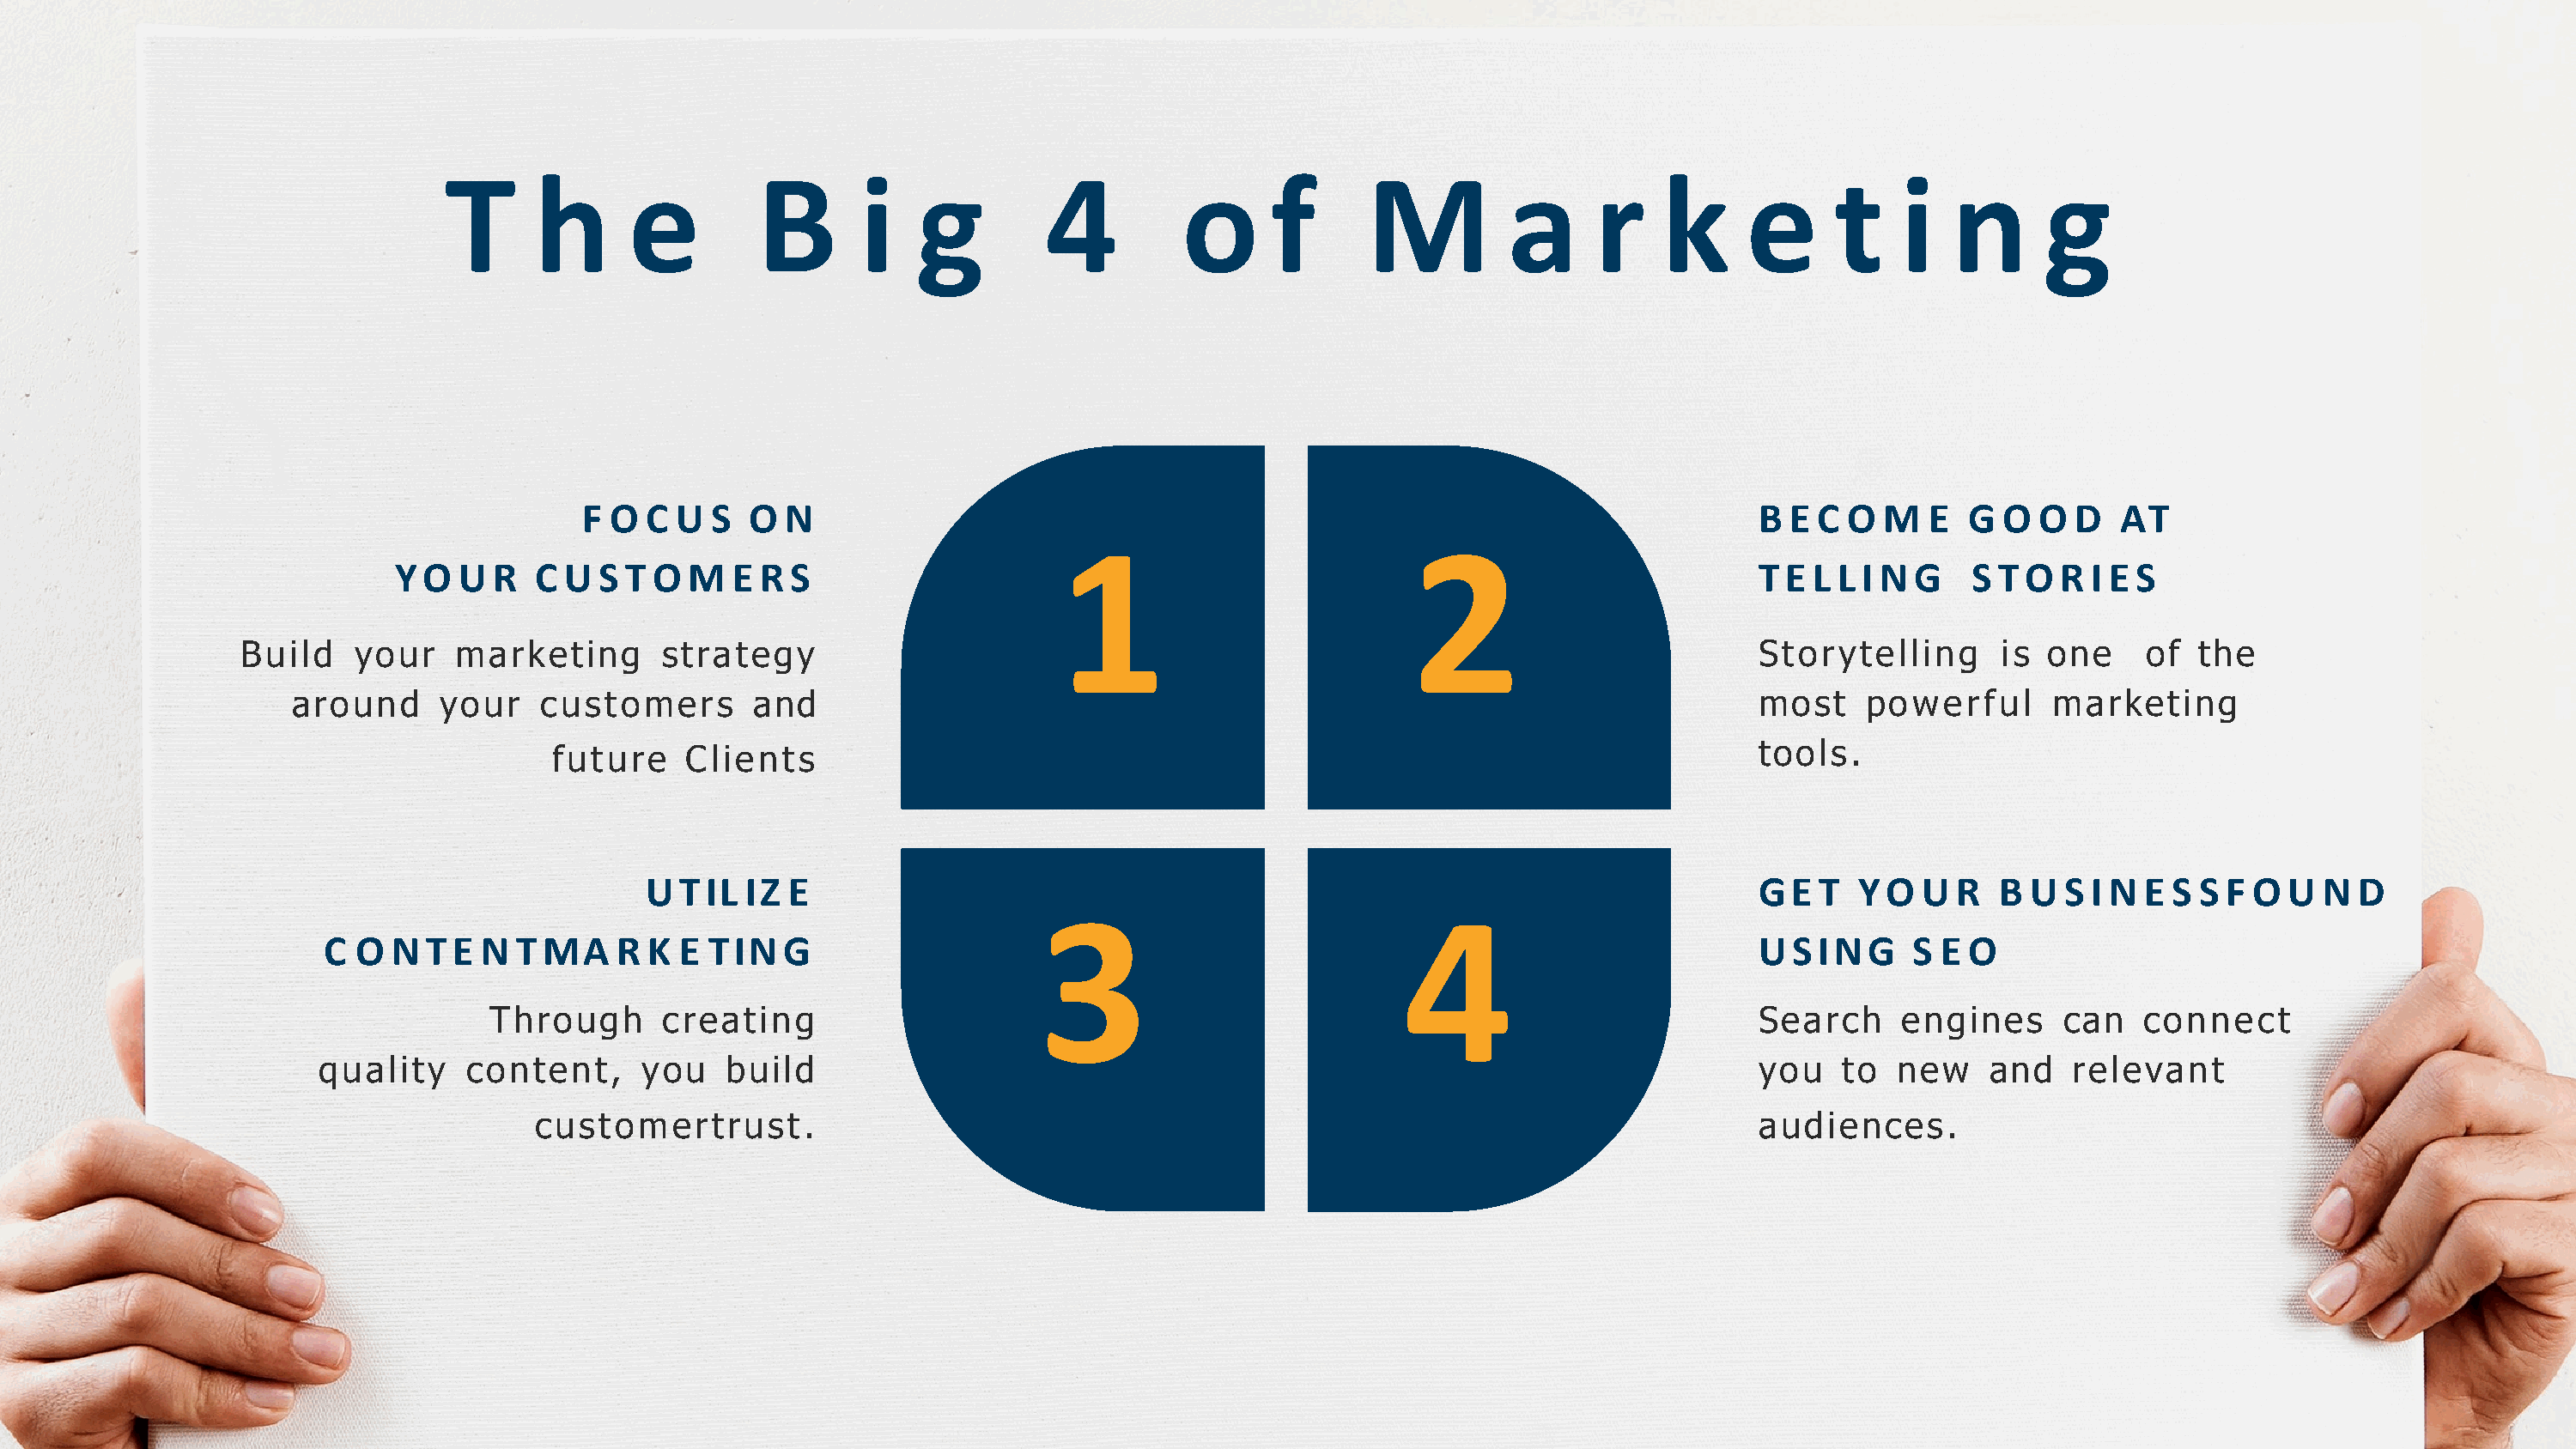
T      h      e         B       i    g         4         o      f      M          a      r    k      e     t    i   n       g
 F O  C U  S  O  N                                                                          B E C O  M   E  G O  O  D  AT
 1                          2
 YO   U  R  C U  S T O  M  E  R S                                                                          T E L L I N G   S TO   R I E S
 Build   your    marketing       strategy                                                                             Storytelling      is  one    of   the
 around      your    customers       and                                                                           most    powerful      marketing
 tools.
 future    Clients
 U TIL  IZ  E                                                                          G E T  YO   U  R  B  U S I N E S  S F O U  N  D
 3                           4
 C O  N  TE  N  TMA     R K E  TIN  G                                                                           U S IN  G  S  E O
 Through      creating                                                                             Search     engines     can   connect
 quality    content,     you    build                                                                           you   to  new    and    relevant
 customertrust.                                                                                 audiences.